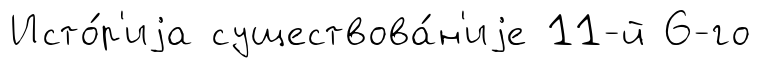
Исто́р'иjа существова́н'иjе 11-й 6-го